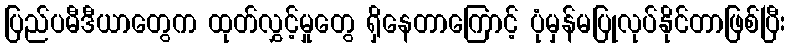
ပြည်ပမီဒီယာတွေက ထုတ်လွှင့်မှုတွေ ရှိနေတာကြောင့် ပုံမှန်မပြုလုပ်နိုင်တာဖြစ်ပြီး